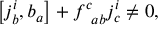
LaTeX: \left[ j _ { b } ^ { i } , b _ { a } \right] + f _ { \; \; a b } ^ { c } j _ { c } ^ { i } \neq 0 ,